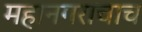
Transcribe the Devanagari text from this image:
महानगराचाच